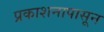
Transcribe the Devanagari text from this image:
प्रकाशनापासून